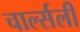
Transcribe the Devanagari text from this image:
चार्ल्सली